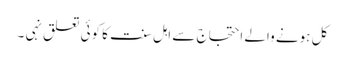
کل ہونے والے احتجاج سے اہل سنت کا کوئی تعلق نہی ۔